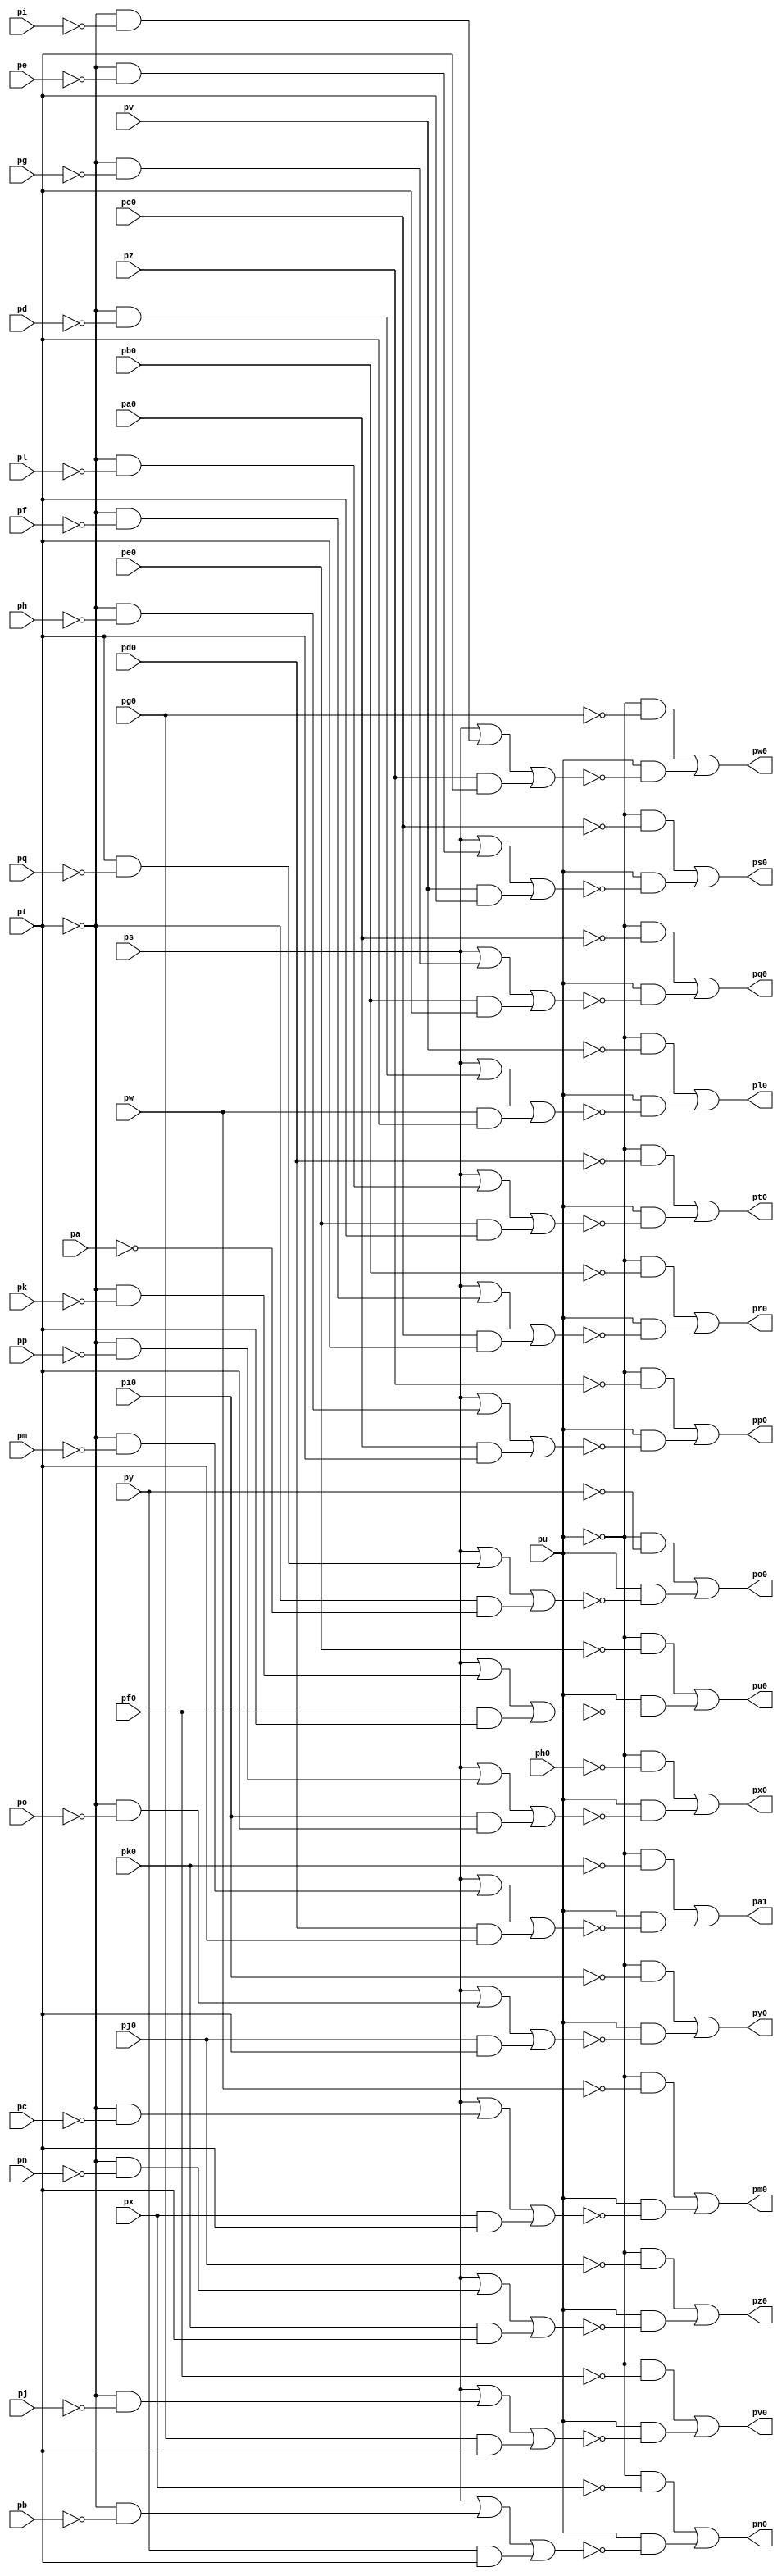
// Benchmark "top" written by ABC on Fri Mar 31 12:06:29 2023

module top ( 
    pp, pa0, pq, pb0, pc0, ps, pd0, pt, pe0, pu, pf0, pv, pg0, pw, ph0, px,
    pi0, py, pj0, pz, pk0, pa, pb, pc, pd, pe, pf, pg, ph, pi, pj, pk, pl,
    pm, pn, po,
    pa1, pl0, pm0, pn0, po0, pp0, pq0, pr0, ps0, pt0, pu0, pv0, pw0, px0,
    py0, pz0  );
  input  pp, pa0, pq, pb0, pc0, ps, pd0, pt, pe0, pu, pf0, pv, pg0, pw,
    ph0, px, pi0, py, pj0, pz, pk0, pa, pb, pc, pd, pe, pf, pg, ph, pi, pj,
    pk, pl, pm, pn, po;
  output pa1, pl0, pm0, pn0, po0, pp0, pq0, pr0, ps0, pt0, pu0, pv0, pw0, px0,
    py0, pz0;
  wire new_np_, new_na0_, new_nq_, new_nb0_, new_nc0_, new_ns_, new_nd0_,
    new_nt_, new_ne0_, new_nu_, new_nf0_, new_nv_, new_ng0_, new_nw_,
    new_nh0_, new_nx_, new_ni0_, new_ny_, new_nj0_, new_nz_, new_nk0_,
    new_na_, new_nb_, new_nc_, new_nd_, new_ne_, new_nf_, new_ng_, new_nh_,
    new_ni_, new_nj_, new_nk_, new_nl_, new_nm_, new_nn_, new_no_,
    new_no0_, new_n_n101_, new_n_n94_, new_nz0_, new_n_n108_, new_n_n102_,
    new_n_n93_, new_n_n87_, new_n_n107_, new_n_n100_, new_n_n95_,
    new_n_n88_, new_np0_, new_ns0_, new_nv0_, new_ny0_, new_n_n106_,
    new_nt0_, new_n_n91_, new_n_n84_, new_n_n9_, new_n_n105_, new_n_n99_,
    new_nx0_, new_na1_, new_nq0_, new_n_n97_, new_nw0_, new_n_n85_,
    new_n_n104_, new_n_n98_, new_n_n92_, new_n_n86_, new_nn0_, new_n_n5_,
    new_n_n111_, new_n_n6_, new_n_n112_, new_n_n7_, new_nm0_, new_n_n8_,
    new_n_n113_, new_nu0_, new_n_n89_, new_n_n1_, new_n_n114_, new_n_n96_,
    new_n_n90_, new_n_n2_, new_nl0_, new_n_n110_, new_nr0_, new_n_n3_,
    new_n_n109_, new_n_n103_, new_n_n4_, new_n_n80_, new_ng2_, new_n_n65_,
    new_n_n58_, new_n_n50_, new_ny1_, new_n_n72_, new_n_n66_, new_n_n57_,
    new_n_n51_, new_n_n81_, new_n_n71_, new_n_n64_, new_n_n59_, new_n_n52_,
    new_n_n82_, new_ni2_, new_no2_, new_nu2_, new_nz2_, new_n_n0_,
    new_nw1_, new_n_n43_, new_n_n32_, new_n_n21_, new_n_n10_, new_n_n83_,
    new_n_n42_, new_n_n33_, new_n_n20_, new_n_n11_, new_n_n41_, new_n_n30_,
    new_n_n23_, new_n_n12_, new_n_n40_, new_n_n31_, new_n_n22_, new_n_n13_,
    new_n_n63_, new_n_n56_, new_n_n47_, new_n_n36_, new_n_n25_, new_n_n14_,
    new_nq2_, new_nw2_, new_n_n46_, new_n_n37_, new_n_n24_, new_n_n15_,
    new_nb2_, new_n_n69_, new_n_n45_, new_n_n34_, new_n_n27_, new_n_n16_,
    new_n_n76_, new_n_n70_, new_n_n44_, new_n_n35_, new_n_n26_, new_n_n17_,
    new_n_n77_, new_n_n75_, new_n_n68_, new_nr2_, new_n_n53_, new_n_n29_,
    new_n_n18_, new_n_n78_, new_ne2_, new_nj2_, new_n_n60_, new_n_n54_,
    new_n_n28_, new_n_n19_, new_na2_, new_n_n74_, new_nm2_, new_n_n62_,
    new_ny2_, new_n_n49_, new_n_n38_, new_n_n79_, new_n_n73_, new_n_n67_,
    new_n_n61_, new_n_n55_, new_n_n48_, new_n_n39_;
  assign pa1 = new_na1_;
  assign new_np_ = pp;
  assign new_na0_ = pa0;
  assign new_nq_ = pq;
  assign new_nb0_ = pb0;
  assign new_nc0_ = pc0;
  assign new_ns_ = ps;
  assign new_nd0_ = pd0;
  assign new_nt_ = pt;
  assign new_ne0_ = pe0;
  assign new_nu_ = pu;
  assign new_nf0_ = pf0;
  assign new_nv_ = pv;
  assign new_ng0_ = pg0;
  assign new_nw_ = pw;
  assign new_nh0_ = ph0;
  assign new_nx_ = px;
  assign new_ni0_ = pi0;
  assign new_ny_ = py;
  assign new_nj0_ = pj0;
  assign new_nz_ = pz;
  assign new_nk0_ = pk0;
  assign pl0 = new_nl0_;
  assign pm0 = new_nm0_;
  assign pn0 = new_nn0_;
  assign po0 = new_no0_;
  assign pp0 = new_np0_;
  assign new_na_ = pa;
  assign pq0 = new_nq0_;
  assign new_nb_ = pb;
  assign pr0 = new_nr0_;
  assign new_nc_ = pc;
  assign ps0 = new_ns0_;
  assign new_nd_ = pd;
  assign pt0 = new_nt0_;
  assign new_ne_ = pe;
  assign pu0 = new_nu0_;
  assign new_nf_ = pf;
  assign pv0 = new_nv0_;
  assign new_ng_ = pg;
  assign pw0 = new_nw0_;
  assign new_nh_ = ph;
  assign px0 = new_nx0_;
  assign new_ni_ = pi;
  assign py0 = new_ny0_;
  assign new_nj_ = pj;
  assign pz0 = new_nz0_;
  assign new_nk_ = pk;
  assign new_nl_ = pl;
  assign new_nm_ = pm;
  assign new_nn_ = pn;
  assign new_no_ = po;
  assign new_no0_ = new_n_n107_ | new_n_n108_;
  assign new_n_n101_ = new_n_n31_ & new_n_n13_;
  assign new_n_n94_ = new_nu_ & new_n_n20_;
  assign new_nz0_ = new_n_n85_ | new_n_n86_;
  assign new_n_n108_ = new_nu_ & new_n_n6_;
  assign new_n_n102_ = new_nu_ & new_n_n12_;
  assign new_n_n93_ = new_n_n31_ & new_n_n21_;
  assign new_n_n87_ = new_n_n31_ & new_n_n27_;
  assign new_n_n107_ = new_n_n31_ & new_n_n7_;
  assign new_n_n100_ = new_nu_ & new_n_n14_;
  assign new_n_n95_ = new_n_n31_ & new_n_n19_;
  assign new_n_n88_ = new_nu_ & new_n_n26_;
  assign new_np0_ = new_n_n105_ | new_n_n106_;
  assign new_ns0_ = new_n_n99_ | new_n_n100_;
  assign new_nv0_ = new_n_n93_ | new_n_n94_;
  assign new_ny0_ = new_n_n87_ | new_n_n88_;
  assign new_n_n106_ = new_nu_ & new_n_n8_;
  assign new_nt0_ = new_n_n97_ | new_n_n98_;
  assign new_n_n91_ = new_n_n31_ & new_n_n23_;
  assign new_n_n84_ = new_nu_ & new_n_n30_;
  assign new_n_n9_ = ~new_nz_;
  assign new_n_n105_ = new_n_n31_ & new_n_n9_;
  assign new_n_n99_ = new_n_n31_ & new_n_n15_;
  assign new_nx0_ = new_n_n89_ | new_n_n90_;
  assign new_na1_ = new_n_n83_ | new_n_n84_;
  assign new_nq0_ = new_n_n103_ | new_n_n104_;
  assign new_n_n97_ = new_n_n31_ & new_n_n17_;
  assign new_nw0_ = new_n_n91_ | new_n_n92_;
  assign new_n_n85_ = new_n_n31_ & new_n_n29_;
  assign new_n_n104_ = new_nu_ & new_n_n10_;
  assign new_n_n98_ = new_nu_ & new_n_n16_;
  assign new_n_n92_ = new_nu_ & new_n_n22_;
  assign new_n_n86_ = new_nu_ & new_n_n28_;
  assign new_nn0_ = new_n_n109_ | new_n_n110_;
  assign new_n_n5_ = ~new_nx_;
  assign new_n_n111_ = new_n_n31_ & new_n_n3_;
  assign new_n_n6_ = ~new_nb2_;
  assign new_n_n112_ = new_nu_ & new_n_n2_;
  assign new_n_n7_ = ~new_ny_;
  assign new_nm0_ = new_n_n111_ | new_n_n112_;
  assign new_n_n8_ = ~new_ne2_;
  assign new_n_n113_ = new_n_n31_ & new_n_n1_;
  assign new_nu0_ = new_n_n95_ | new_n_n96_;
  assign new_n_n89_ = new_n_n31_ & new_n_n25_;
  assign new_n_n1_ = ~new_nv_;
  assign new_n_n114_ = new_nu_ & new_n_n0_;
  assign new_n_n96_ = new_nu_ & new_n_n18_;
  assign new_n_n90_ = new_nu_ & new_n_n24_;
  assign new_n_n2_ = ~new_ny1_;
  assign new_nl0_ = new_n_n113_ | new_n_n114_;
  assign new_n_n110_ = new_nu_ & new_n_n4_;
  assign new_nr0_ = new_n_n101_ | new_n_n102_;
  assign new_n_n3_ = ~new_nw_;
  assign new_n_n109_ = new_n_n31_ & new_n_n5_;
  assign new_n_n103_ = new_n_n31_ & new_n_n11_;
  assign new_n_n4_ = ~new_na2_;
  assign new_n_n80_ = new_n_n49_ & new_n_n34_;
  assign new_ng2_ = new_ns_ | new_n_n72_ | new_n_n71_;
  assign new_n_n65_ = new_ne0_ & new_nt_;
  assign new_n_n58_ = new_n_n49_ & new_n_n46_;
  assign new_n_n50_ = ~new_nm_;
  assign new_ny1_ = new_ns_ | new_n_n80_ | new_n_n79_;
  assign new_n_n72_ = new_n_n49_ & new_n_n39_;
  assign new_n_n66_ = new_n_n49_ & new_n_n42_;
  assign new_n_n57_ = new_ni0_ & new_nt_;
  assign new_n_n51_ = new_nd0_ & new_nt_;
  assign new_n_n81_ = new_nw_ & new_nt_;
  assign new_n_n71_ = new_nb0_ & new_nt_;
  assign new_n_n64_ = new_n_n49_ & new_n_n43_;
  assign new_n_n59_ = new_nz_ & new_nt_;
  assign new_n_n52_ = new_n_n49_ & new_n_n50_;
  assign new_n_n82_ = new_n_n49_ & new_n_n33_;
  assign new_ni2_ = new_ns_ | new_n_n70_ | new_n_n69_;
  assign new_no2_ = new_ns_ | new_n_n64_ | new_n_n63_;
  assign new_nu2_ = new_ns_ | new_n_n58_ | new_n_n57_;
  assign new_nz2_ = new_ns_ | new_n_n52_ | new_n_n51_;
  assign new_n_n0_ = ~new_nw1_;
  assign new_nw1_ = new_ns_ | new_n_n82_ | new_n_n81_;
  assign new_n_n43_ = ~new_nk_;
  assign new_n_n32_ = ~new_nk0_;
  assign new_n_n21_ = ~new_nf0_;
  assign new_n_n10_ = ~new_ng2_;
  assign new_n_n83_ = new_n_n31_ & new_n_n32_;
  assign new_n_n42_ = ~new_nl_;
  assign new_n_n33_ = ~new_nd_;
  assign new_n_n20_ = ~new_nq2_;
  assign new_n_n11_ = ~new_na0_;
  assign new_n_n41_ = ~new_ne_;
  assign new_n_n30_ = ~new_nz2_;
  assign new_n_n23_ = ~new_ng0_;
  assign new_n_n12_ = ~new_ni2_;
  assign new_n_n40_ = ~new_nf_;
  assign new_n_n31_ = ~new_nu_;
  assign new_n_n22_ = ~new_nr2_;
  assign new_n_n13_ = ~new_nb0_;
  assign new_n_n63_ = new_nf0_ & new_nt_;
  assign new_n_n56_ = new_n_n49_ & new_n_n47_;
  assign new_n_n47_ = ~new_no_;
  assign new_n_n36_ = ~new_nq_;
  assign new_n_n25_ = ~new_nh0_;
  assign new_n_n14_ = ~new_nj2_;
  assign new_nq2_ = new_ns_ | new_n_n62_ | new_n_n61_;
  assign new_nw2_ = new_ns_ | new_n_n56_ | new_n_n55_;
  assign new_n_n46_ = ~new_np_;
  assign new_n_n37_ = ~new_na_;
  assign new_n_n24_ = ~new_nu2_;
  assign new_n_n15_ = ~new_nc0_;
  assign new_nb2_ = new_ns_ | new_n_n76_ | new_n_n75_;
  assign new_n_n69_ = new_nc0_ & new_nt_;
  assign new_n_n45_ = ~new_ni_;
  assign new_n_n34_ = ~new_nc_;
  assign new_n_n27_ = ~new_ni0_;
  assign new_n_n16_ = ~new_nm2_;
  assign new_n_n76_ = new_nt_ & new_n_n36_;
  assign new_n_n70_ = new_n_n49_ & new_n_n40_;
  assign new_n_n44_ = ~new_nj_;
  assign new_n_n35_ = ~new_nb_;
  assign new_n_n26_ = ~new_nw2_;
  assign new_n_n17_ = ~new_nd0_;
  assign new_n_n77_ = new_ny_ & new_nt_;
  assign new_n_n75_ = new_n_n49_ & new_n_n37_;
  assign new_n_n68_ = new_n_n49_ & new_n_n41_;
  assign new_nr2_ = new_ns_ | new_n_n60_ | new_n_n59_;
  assign new_n_n53_ = new_nk0_ & new_nt_;
  assign new_n_n29_ = ~new_nj0_;
  assign new_n_n18_ = ~new_no2_;
  assign new_n_n78_ = new_n_n49_ & new_n_n35_;
  assign new_ne2_ = new_ns_ | new_n_n74_ | new_n_n73_;
  assign new_nj2_ = new_ns_ | new_n_n68_ | new_n_n67_;
  assign new_n_n60_ = new_n_n49_ & new_n_n45_;
  assign new_n_n54_ = new_n_n49_ & new_n_n48_;
  assign new_n_n28_ = ~new_ny2_;
  assign new_n_n19_ = ~new_ne0_;
  assign new_na2_ = new_ns_ | new_n_n78_ | new_n_n77_;
  assign new_n_n74_ = new_n_n49_ & new_n_n38_;
  assign new_nm2_ = new_ns_ | new_n_n66_ | new_n_n65_;
  assign new_n_n62_ = new_n_n49_ & new_n_n44_;
  assign new_ny2_ = new_ns_ | new_n_n54_ | new_n_n53_;
  assign new_n_n49_ = ~new_nt_;
  assign new_n_n38_ = ~new_nh_;
  assign new_n_n79_ = new_nx_ & new_nt_;
  assign new_n_n73_ = new_na0_ & new_nt_;
  assign new_n_n67_ = new_nv_ & new_nt_;
  assign new_n_n61_ = new_ng0_ & new_nt_;
  assign new_n_n55_ = new_nj0_ & new_nt_;
  assign new_n_n48_ = ~new_nn_;
  assign new_n_n39_ = ~new_ng_;
endmodule